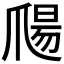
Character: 𱭀